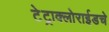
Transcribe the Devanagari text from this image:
टेट्राक्लोराईडचे